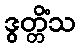
ဒွတ္တိံသ